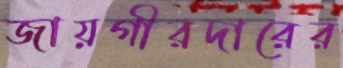
জায়গীরদারের